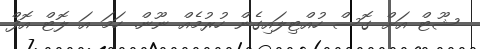
ޝޫޓް އަށް ގޮސް ހުއްޓިލައިގެން ހުރުމެއް ނޫން. ހަމަ އަ ލޮޓް އޮފް